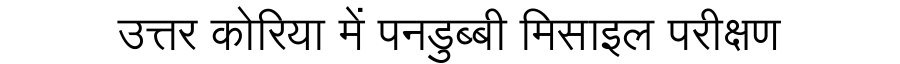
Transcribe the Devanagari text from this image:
उत्तर कोरिया में पनडुब्बी मिसाइल परीक्षण